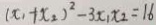
( x _ { 1 } + x _ { 2 } ) ^ { 2 } - 3 x _ { 1 } x _ { 2 } = 1 6